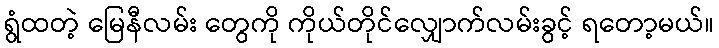
ရွံထတဲ့ မြေနီလမ်း တွေကို ကိုယ်တိုင်လျှောက်လမ်းခွင့် ရတော့မယ်။